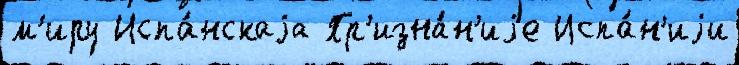
м'иру Испа́нскаjа Пр'изна́н'иjе Испа́н'иjи